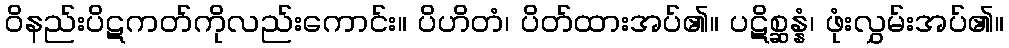
ဝိနည်းပိဋကတ်ကိုလည်းကောင်း။ ပိဟိတံ၊ ပိတ်ထားအပ်၏။ ပဋိစ္ဆန္နံ၊ ဖုံးလွှမ်းအပ်၏။